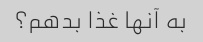
به آنها غذا بدهم؟